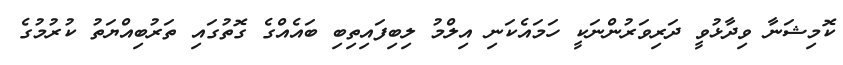
ކޮމިޝަނާ ވިދާޅުވީ ދަރިވަރުންނަކީ ހަމައެކަނި އިލްމު ލިބިފައިތިބި ބައެއްގެ ގޮތުގައި ތަރުބިއްޔަތު ކުރުމުގެ